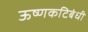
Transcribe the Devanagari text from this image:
ऊष्णकटिबंधी